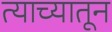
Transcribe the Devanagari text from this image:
त्याच्यातून